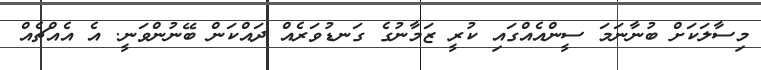
މިސާލަކަށް ބުނާނަމަ ސީންއެއްގައި ކުރީ ޒަމާނުގެ ގަނޑުވަރެއް ދައްކަން ބޭނުންވަނީ. އެ އެއްޗެއް